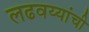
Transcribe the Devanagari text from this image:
लढवय्यांची